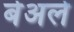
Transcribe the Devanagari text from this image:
बेअले